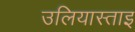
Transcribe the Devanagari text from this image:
उलियास्ताइ